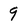
Character: 9